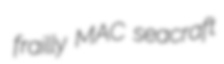
frailly MAC seacraft